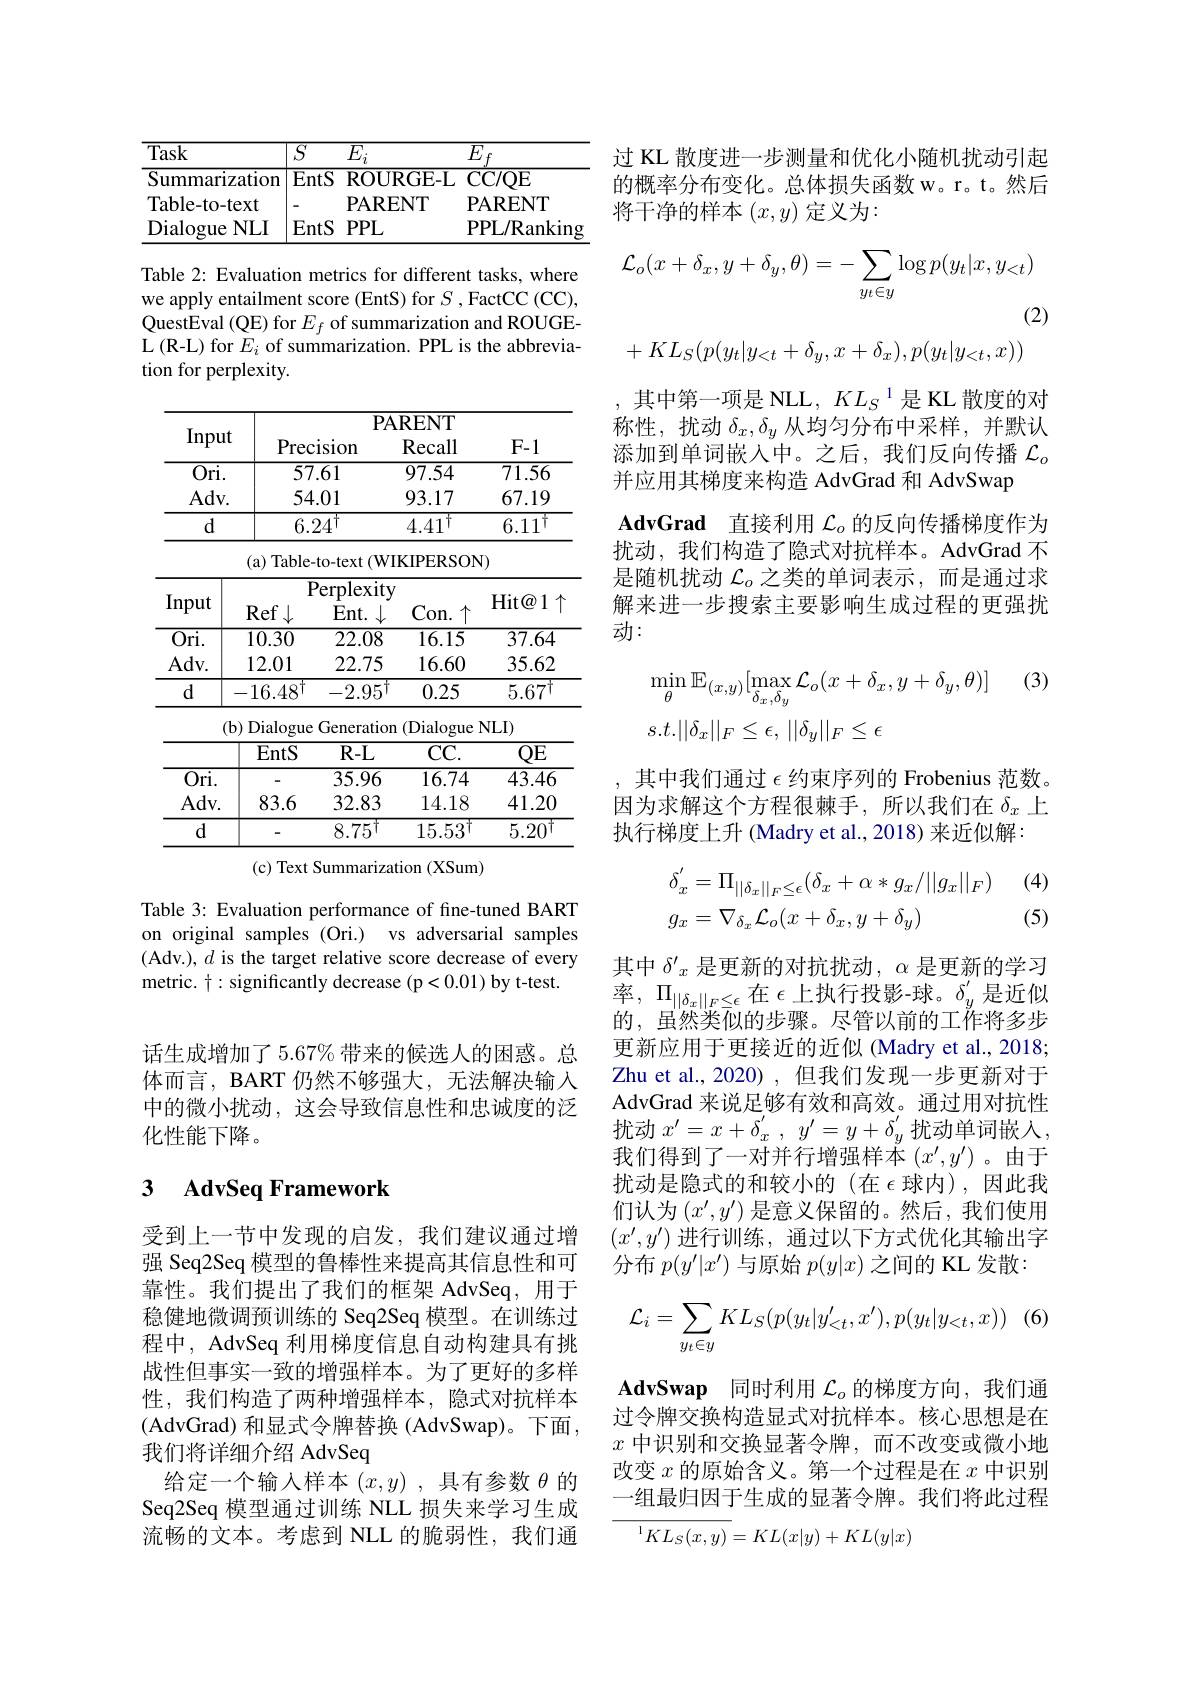
<table>
	<tbody>
		<tr>
			<th>Task</th>
			<th>$\overline{E_{f}}$</th>
		</tr>
		<tr>
			<td>Summarization</td>
			<td>GE-L CC/QE</td>
		</tr>
		<tr>
			<td>Table- to- text</td>
			<td>$\mathsf{VT}$ PARENT</td>
		</tr>
		<tr>
			<td>Dialogue $NLI$</td>
			<td>PPL/Ranking</td>
		</tr>
	</tbody>
</table>

Table 2: Evaluation metrics for different tasks, where we apply entailment score (EntS) for $S$ ,FactCC (CC), QuestEval (QE) for $E_f$ of summarization and ROUGEL (R-L) for $E_i$ of summarization. PPL is the abbreviation for perplexity.

<table>
	<tbody>
		<tr>
			<th>Input</th>
			<th>Precis</th>
			<th>$P.$ ${\mathrm{cision}}$</th>
			<th>$\mathbf{RENT}$ Recall</th>
			<th>$F-1$</th>
		</tr>
		<tr>
			<td>$\overline{\mathrm{Ori.}}$</td>
			<td>57.6</td>
			<td>7.61</td>
			<td>97.54</td>
			<td>71.56</td>
		</tr>
		<tr>
			<td>$Adv.$</td>
			<td>54.0</td>
			<td>4.01</td>
			<td>93.17</td>
			<td>67.19</td>
		</tr>
		<tr>
			<td>d</td>
			<td>6.24</td>
			<td>$24^{\mathrm{T}}$</td>
			<td>$4.41^{\dagger}$</td>
			<td>$6.11^{\dagger}$</td>
		</tr>
		<tr>
			<td> </td>
			<td>( a) Table- to</td>
			<td>e-to-text $(\mathbf{W}$</td>
			<td>IKIPERSON</td>
			<td> </td>
		</tr>
		<tr>
			<td>Input</td>
			<td>$\overline{\mathrm{Pe}}$ 10 .4</td>
			<td>$\overline{\mathrm{Perplexit}}$ $E_{\mathrm{nt}}$</td>
			<td> </td>
			<td>Hit@ 1</td>
		</tr>
		<tr>
			<td>$\overline{\mathrm{Ori.}}$</td>
			<td>10.30</td>
			<td>$\overline{22.08}$</td>
			<td>$\overline{16.15}$</td>
			<td>$\overline{37.64}$</td>
		</tr>
		<tr>
			<td>$Adv.$</td>
			<td>12.01</td>
			<td>22.75</td>
			<td>16.60</td>
			<td>35.62</td>
		</tr>
		<tr>
			<td>$d$</td>
			<td>$-16.48^{\dagger}$</td>
			<td>-2.95</td>
			<td>0.25</td>
			<td>$5.67^{\dagger}$</td>
		</tr>
		<tr>
			<td>$(\mathbf{t}$</td>
			<td>Dialogue</td>
			<td>Generatic ୧</td>
			<td>(Dialogue</td>
			<td>VLI)</td>
		</tr>
		<tr>
			<td> </td>
			<td>EntS</td>
			<td>$R-L$</td>
			<td>$\overline{\mathrm{CC}.}$</td>
			<td>$QE$</td>
		</tr>
		<tr>
			<td>$\overline{\mathrm{Ori.}}$</td>
			<td> </td>
			<td>35.96</td>
			<td>16.74</td>
			<td>43.46</td>
		</tr>
		<tr>
			<td>$Adv.$</td>
			<td>83.6</td>
			<td>32.83</td>
			<td>14.18</td>
			<td>41.20</td>
		</tr>
		<tr>
			<td>$d$</td>
			<td> </td>
			<td>$8.75^{\dagger}$</td>
			<td>$15.53^{\dagger}$</td>
			<td>$5.20^{\dagger}$</td>
		</tr>
	</tbody>
</table>

(c) Text Summarization (XSum)

Table 3: Evaluation performance of fine-tuned BART on original samples (Ori.) vs adversarial samples (Adv.), $d$ is the target relative score decrease of every metric. $\dagger:$ significantly decrease (p<0.01) by t-test.

话生成增加了5.67%带来的候选人的困惑。总体而言，BART 仍然不够强大，无法解决输入中的微小扰动，这会导致信息性和忠诚度的泛化性能下降。

### 3 $\textbf{AdvSeq Framework}$

受到上一节中发现的启发，我们建议通过增强 Seq2Seq 模型的鲁棒性来提高其信息性和可靠性。我们提出了我们的框架 AdvSeq,用于稳健地微调预训练的 Seq2Seq 模型。在训练过程中，AdvSeq 利用梯度信息自动构建具有挑战性但事实一致的增强样本。为了更好的多样性，我们构造了两种增强样本，隐式对抗样本(AdvGrad) 和显式令牌替换 (AdvSwap)。下面， 我们将详细介绍 AdvSeq
给定一个输入样本$( x, y)$ ,具有参数$\theta$的Seq2Seq 模型通过训练 NLL 损失来学习生成流畅的文本。考虑到 NLL 的脆弱性，我们通

过 KL 散度进一步测量和优化小随机扰动引起的概率分布变化。总体损失函数 w。r。t。然后将干净的样本$(x,y)$定义为：
$$\mathcal{L}_{o}(x+\delta_{x},y+\delta_{y},\theta)=-\sum_{y_{t}\in y}\log p(y_{t}|x,y_{<t})$$
(2)
$$+KL_S(p(y_t|y_{<t}+\delta_y,x+\delta_x),p(y_t|y_{<t},x))$$
其中第一项是 NLL, $KL_S$ 1是 KL 散度的对称性，扰动$\delta_x,\delta_y$从均匀分布中采样，并默认添加到单词嵌入中。之后，我们反向传播$\mathcal{L}_o$ 并应用其梯度来构造 AdvGrad 和 AdvSwap
AdvGrad 直接利用$\mathcal{L}_o$的反向传播梯度作为扰动，我们构造了隐式对抗样本。AdvGrad 不是随机扰动$\mathcal{L}_o$之类的单词表示，而是通过求解来进一步搜索主要影响生成过程的更强扰动：
(3)
$$\begin{aligned}&\min_{\theta}\mathbb{E}_{(x,y)}[\max_{\delta_{x},\delta_{y}}\mathcal{L}_{o}(x+\delta_{x},y+\delta_{y},\theta)]\\&s.t.||\delta_{x}||_{F}\leq\epsilon,\:||\delta_{y}||_{F}\leq\epsilon\end{aligned}$$
其中我们通过$\epsilon$约束序列的 Frobenius 范数因为求解这个方程很棘手，所以我们在$\delta_x$上执行梯度上升 (Madry et al.,2018) 来近似解：

(4)
$$\begin{aligned}&\delta_{x}^{'}=\Pi_{||\delta_{x}||_{F}\leq\epsilon}(\delta_{x}+\alpha*g_{x}/||g_{x}||_{F})\\&g_{x}=\nabla_{\delta_{x}}\mathcal{L}_{o}(x+\delta_{x},y+\delta_{y})\end{aligned}$$
(5)

其中$\delta^{\prime}_x$是更新的对抗扰动，$\alpha$是更新的学习率$,\Pi_{||\delta_x||_F\leq\epsilon}$在$\epsilon$上执行投影-球。$\delta_y^{\prime}$是近似的，虽然类似的步骤。尽管以前的工作将多步更新应用于更接近的近似 (Madry et al., 2018; Zhu et al., 2020) , 但我们发现一步更新对于AdvGrad 来说足够有效和高效。通过用对抗性扰动 $x^\prime = x+ \delta _x^{^{\prime }}$, $y^{\prime }= y+ \delta _y^{^{\prime }}$ 扰动单词嵌入， 我们得到了一对并行增强样本$(x^\prime,y^{\prime})$。由于扰动是隐式的和较小的(在$\epsilon$球内),因此我们认为$\left(x^\prime,y^{\prime}\right)$是意义保留的。然后，我们使用$(x',y')$进行训练，通过以下方式优化其输出字分布$p(y^\prime|x^{\prime})$与原始$p(y|x)$之间的 KL 发散：
$$\begin{aligned}\mathcal{L}_i=\sum_{y_t\in y}KL_S(p(y_t|y_{<t}',x'),p(y_t|y_{<t},x))\end{aligned}$$
AdvSwap 同时利用$\mathcal{L}_o$的梯度方向，我们通过令牌交换构造显式对抗样本。核心思想是在$x$中识别和交换显著令牌，而不改变或微小地改变$x$的原始含义。第一个过程是在$x$中识别一组最归因于生成的显著令牌。我们将此过程
$$\overline{{{^1KL_S(x,y)}}}=KL(x|y)+KL(y|x)$$